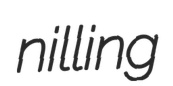
nilling